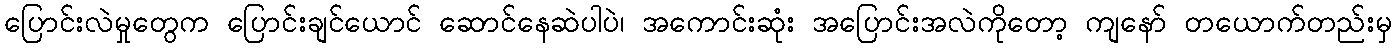
ပြောင်းလဲမှုတွေက ပြောင်းချင်ယောင် ဆောင်နေဆဲပါပဲ၊ အကောင်းဆုံး အပြောင်းအလဲကိုတော့ ကျနော် တယောက်တည်းမှ